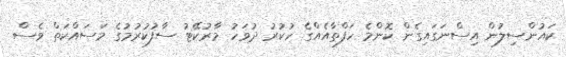
ކައުންސިލުން އިސްނަގައިގެން ކޮންމެ ހަފްތާއެއްގެ ހުކުރު ދުވަހު މާރުކޭޓު ސާފުކުރުމުގެ މަސައްކަތް ވެސް